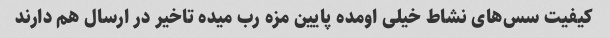
کیفیت سس‌های نشاط خیلی اومده پایین مزه رب میده تاخیر در ارسال هم دارند